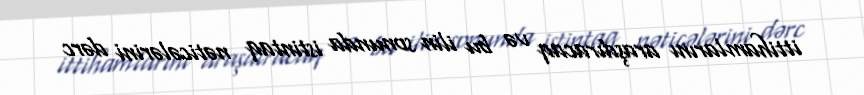
ittihamlarını araşdıracaq və bu ilin sonunda istintaq nəticələrini dərc